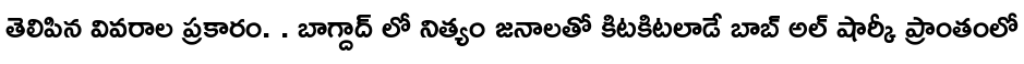
తెలిపిన వివరాల ప్రకారం. . బాగ్దాద్ లో నిత్యం జనాలతో కిటకిటలాడే బాబ్ అల్ షార్కీ ప్రాంతంలో